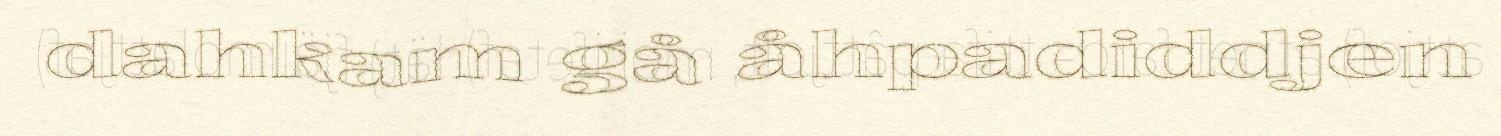
dahkam gå åhpadiddjen